Annual statistical returns and brief notes on vaccination in Bengal - 1909-1929
Year: 1909
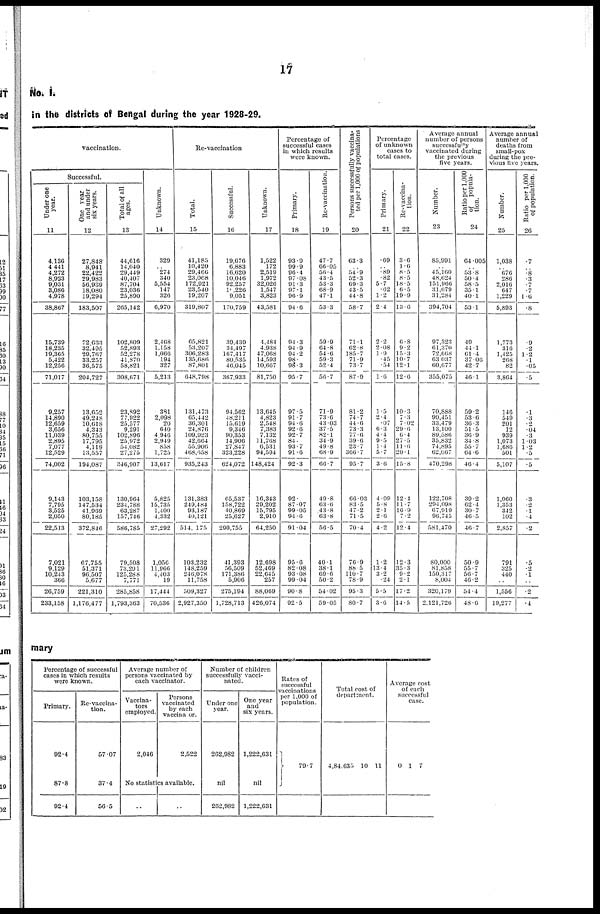
17
No. I.
in the districts of Bengal during the year 1928-29.
vaccination.
Successful.
Under one
year.
11
4,130
4,441
4,272
8,923
9,031
3,086
4,978
38,867
15,739
18,235
19,365
5,422
12,256
71,017
9,257
14,890
12,659
3,656
11,039
2,895
7,077
12,529
74,002
9,143
7,795
3,525
2,050
22,513
7,021
9,129
10,243
366
26,759
233,158
One year
and under
six years.
12
27,848
8,941
22,422
29,983
56,939
18,080
19,294
183,507
72,633
32,495
29,767
33,257
36,575
204,727
13,652
49,248
10,618
4,343
80,755
17,795
4,119
13,557
194,087
103,158
147,534
41,969
80,185
372,846
67,755
51,371
96,507
5,677
221,310
1,176,477
Total of all
ages.
13
44,616
14,040
29,449
40,407
87,704
23,036
25,890
265,142
102,809
52,893
52,278
41,870
58,821
308,671
23,892
77,922
25,577
9,291
102,896
25,972
54,082
27,275
340,907
130,964
234,788
63,287
157,740
586,785
79,508
73,291
125,288
7,771
285,858
1,793,363
Unknown.
14
329
..
274
340
5,554
147
326
6,970
2,468
1,158
1,066
194
327
5,213
381
2,098
20
640
4,946
2,949
858
1,725
13,617
5,825
15,735
1,400
4,332
27,292
1,056
11,966
4,403
19
17,444
70,536
Re-vaccination
Total.
15
41,185
10,420
29,460
23,008
172,921
23,540
19,207
319,807
65,821
53,207
306,283
135,686
87,801
648,798
131,473
65,442
36,301
24,876
109,923
42,664
55,906
468,658
935,243
131,383
249,484
93,187
40,121
514,175
103,232
148,259
246,078
11,758
509,327
2,927,350
Successful.
16
19,676
6,883
16,620
10,046
92,257
10,226
9,051
170,759
39,439
34,497
167,417
80,535
46,045
367,933
94,562
48,211
15,619
9,346
90,353
14,906
27,847
323,228
624,072
65,537
158,722
40,869
25,627
290,755
41,393
56,509
171,386
5,906
275,194
1,728,713
Unknown.
17
1,522
172
2,519
1,972
32,020
1,547
3,823
43,581
4,484
4,938
47,068
14,593
10,607
81,750
13,645
4,823
2,548
7,383
7,132
11,768
6,531
94,594
148,424
16,343
29,202
16,795
2,910
64,250
12,698
52,469
22,645
257
88,009
426,074
Percentage of
successful cases
in which results
were known.
Primary.
18
93.9
99.9
96.4
97.08
91.3
97.1
96.9
94.6
94.3
94.9
94.2
98.
98.3
95.7
97.5
91.7
94.6
92.6
92.7
84.
93.7
91.6
92.3
92.
87.07
99.05
94.6
91.04
95.6
82.08
93.08
99.04
90.8
92.5
Re-vaccination.
19
47.7
66.05
56.4
43.5
53.3
68.9
47.1
53.3
59.9
64.8
54.6
59.3
52.4
56.7
71.9
73.6
43.03
37.5
82.1
34.9
49.8
68.9
66.7
49.8
63.6
43.8
63.8
56.5
40.1
38.1
69.6
50.2
54.02
59.05
Persons successfully vaccina-
ted per 1,000 of populations
20
63.3
..
54.9
52.3
69.3
43.5
44.8
58.7
71.1
62.8
185.7
71.9
73.7
87.9
81.2
74.7
44.6
73.3
77.0
39.6
23.7
366.7
95.7
66.03
83.5
47.2
71.5
70.4
76.9
88.5
110.7
78.9
95.3
80.7
Percentage
of unknown
cases to
total cases.
Primary.
21
.69
..
.89
.82
5.7
.62
1.2
2.4
2.2
2.08
1.9
.45
.54
1.6
1.5
2.4
.07
6.3
4.4
9.5
1.4
5.7
3.6
4.09
5.8
2.1
2.6
4.2
1.2
13.4
3.2
.24
5.5
3.6
Re-vaccina-
tion.
22
3.6
1.6
8.5
8.5
18.5
6.5
19.9
13.6
6.8
9.2
15.3
10.7
12.1
12.6
10.3
7.3
7.02
29.6
6.4
27.5
11.6
20.1
15.8
12.4
11.7
16.9
7.2
12.4
12.3
35.3
9.2
2.1
17.2
14.5
Average annual
number of persons
succcssfully
vaccinated during
the previous
five years.
Number.
23
85,991
..
45,160
48,624
151,966
31,679
31,284
394,704
97,323
61,370
72,668
63,037
60,677
355,075
70,888
90,451
33,479
13,100
89,586
35,832
74,895
62,067
470,298
122,708
294,098
67,919
96,745
581,470
80,000
81,858
150,317
8,004
320,179
2,121,726
Ratio per 1,000
of popula-
tion.
24
64.005
..
53.8
50.4
58.5
35.1
40.1
53.1
49
44.1
61.4
37.06
42.7
46.1
59.2
53.6
36.3
51.5
36.9
34.8
55.7
64.6
46.4
39.2
62.4
30.7
46.5
46.7
50.9
55.7
56.7
46.2
54.4
48.6
Average annual
number of
deaths from
small-pox
during the pre-
vious five years.
Number.
25
1,038
..
676
286
2,016
647
1,229
5,893
1,773
316
1,425
268
82
3,864
146
549
201
12
939
1,073
1,686
501
5,107
1,060
1,353
342
102
2,857
791
325
440
..
1,556
19,277
Ratio per 1,000
of population.
26
.7
..
.8
.3
.7
.7 1.6
.8
.9
.2
1.2
.1
.05
.5
.1
.3
.2
.04
.3
1.03
1.2
.5
.5
.3
.2
.1
.4
.2
.5
.2
.1
..
.2
.4
mary
Percentage of successful
cases in which results
were known.
Primary.
92.4
87.8
92.4
Re-vaccina-
tion.
57.07
37.4
56.5
Average number of
persons vaccinated by
each vaccinator.
Vaccina-
tors
employed.
2,046
Persons
vaccinated
by each
vaccinator.
2,522
No statistics available.
..
..
Number of children
successfully vacci-
nated.
Under one
year.
262,982
nil
262,982
One year
and
six years.
1,222,631
nil
1,222,631
Rates of
successful
vaccinations
per 1,000 of
population.
79.7
Total cost of
department.
4,84,635 10 11
Average cost
of each
successful
case.
0 1 7